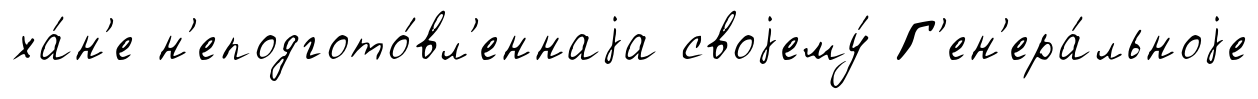
ха́н'е н'еподгото́вл'еннаjа своjему́ Г'ен'ера́льноjе